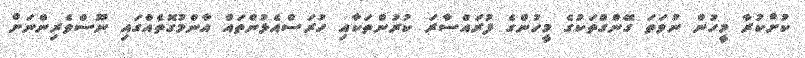
ކުށްކުރާ މީހުން ނުވަތަ ގޭންގްތަކުގެ މީހުންގެ ފުރައްސާރަ ކުރުންތަކާއި ހުރަސްއެޅުންތައް އާންމުގޮތެއްގައި ނޫސްވެރިންނަށް